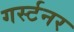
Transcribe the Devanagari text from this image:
गर्स्टनर